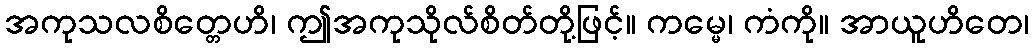
အကုသလစိတ္တေဟိ၊ ဤအကုသိုလ်စိတ်တို့ဖြင့်။ ကမ္မေ၊ ကံကို။ အာယူဟိတေ၊